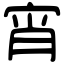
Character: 宵